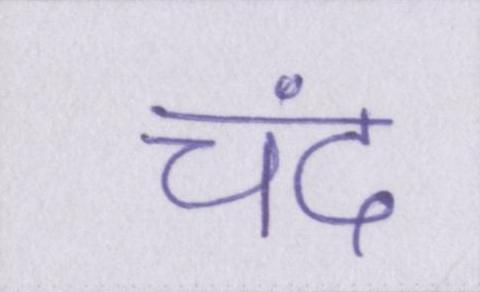
चंद